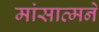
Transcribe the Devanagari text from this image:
मांसात्मने